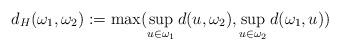
LaTeX: \begin{align*} d_H(\omega_1,\omega_2):=\max(\sup_{u\in\omega_1}d(u,\omega_2),\sup_{u\in\omega_2}d(\omega_1,u)) \end{align*}